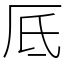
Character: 厎